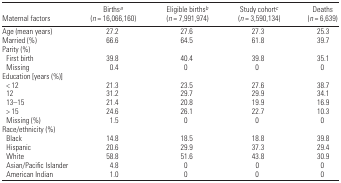
<table><thead><tr><td><b>Maternal factors</b></td><td><b>Birthsa (<i>n</i> = 16,066,160)</b></td><td><b>Eligible birthsb (<i>n</i> = 7,991,974)</b></td><td><b>Study cohortc (<i>n</i> = 3,590,134)</b></td><td><b>Deaths (<i>n</i> = 6,639)</b></td></tr></thead><tbody><tr><td>Age (mean years)</td><td>27.2</td><td>27.6</td><td>27.3</td><td>25.3</td></tr><tr><td>Married (%)</td><td>66.6</td><td>64.5</td><td>61.8</td><td>39.7</td></tr><tr><td colspan="5">Parity (%)</td></tr><tr><td> First birth</td><td>39.8</td><td>40.4</td><td>39.8</td><td>35.1</td></tr><tr><td> Missing</td><td>0.4</td><td>0</td><td>0</td><td>0</td></tr><tr><td colspan="5">Education [years (%)]</td></tr><tr><td> &lt; 12</td><td>21.3</td><td>23.5</td><td>27.6</td><td>38.7</td></tr><tr><td> 12</td><td>31.2</td><td>29.7</td><td>29.9</td><td>34.1</td></tr><tr><td> 13–15</td><td>21.4</td><td>20.8</td><td>19.9</td><td>16.9</td></tr><tr><td> &gt; 15</td><td>24.6</td><td>26.1</td><td>22.7</td><td>10.3</td></tr><tr><td> Missing (%)</td><td>1.5</td><td>0</td><td>0</td><td>0</td></tr><tr><td colspan="5">Race/ethnicity (%)</td></tr><tr><td> Black</td><td>14.8</td><td>18.5</td><td>18.8</td><td>39.8</td></tr><tr><td> Hispanic</td><td>20.6</td><td>29.9</td><td>37.3</td><td>29.4</td></tr><tr><td> White</td><td>58.8</td><td>51.6</td><td>43.8</td><td>30.9</td></tr><tr><td> Asian/Pacific Islander</td><td>4.8</td><td>0</td><td>0</td><td>0</td></tr><tr><td> American Indian</td><td>1.0</td><td>0</td><td>0</td><td>0</td></tr></tbody></table>